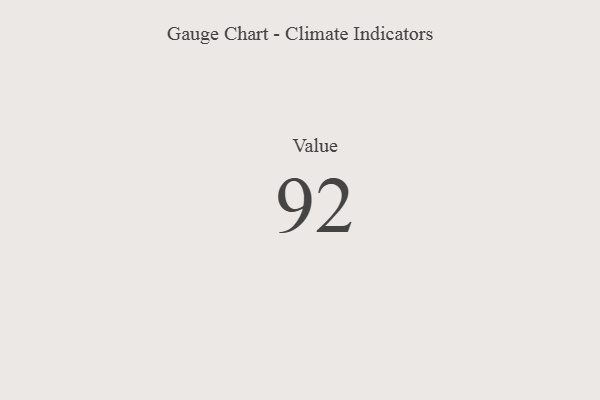
{"axis": {"x": "Metric", "y": "Value"}, "legend": [""], "data": [{"x": "Value", "y": 92, "type": ""}]}